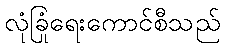
လုံခြုံရေးကောင်စီသည်